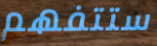
ستتفهم